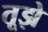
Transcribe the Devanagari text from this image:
तूझे